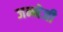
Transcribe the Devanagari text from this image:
जन्मेजी